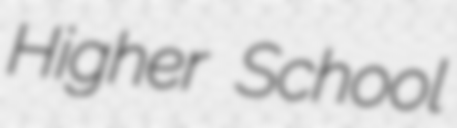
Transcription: Higher School